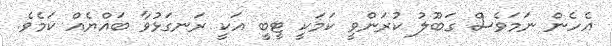
އެހެން ނަމަވެސް ގަބޫލު ކުރަންވީ ކަމަކީ ޓީބީ އަކީ ރަނގަޅުވާ ބައްޔެއް ކަމެވެ.